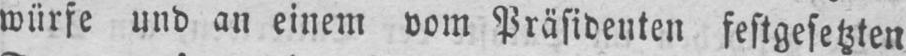
würfe und an einem vom Präsidenten festgesetzten